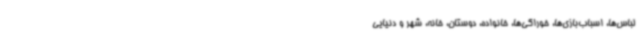
لباس‌ها، اسباب‌بازی‌ها، خوراکی‌ها، خانواده، دوستان، خانه، شهر و دنیایی